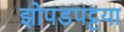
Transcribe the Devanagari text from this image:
झोपडपट्टया